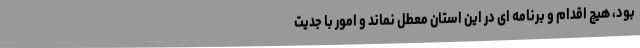
بود، هیچ اقدام و برنامه ای در این استان معطل نماند و امور با جدیت